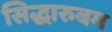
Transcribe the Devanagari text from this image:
सिद्धारुबम